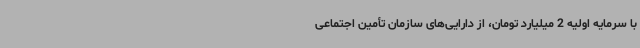
با سرمایه اولیه 2 میلیارد تومان، از دارایی‌های سازمان تأمین اجتماعی